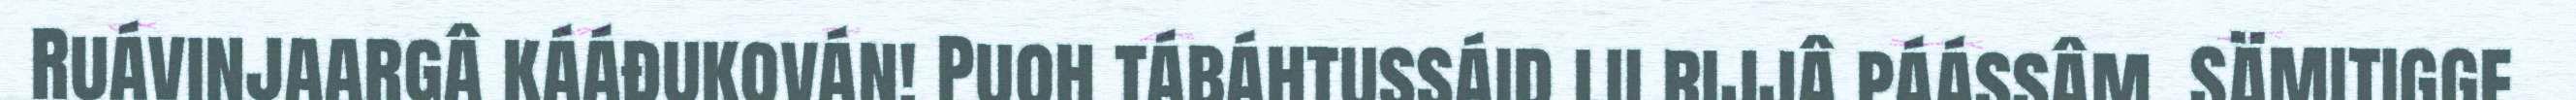
Ruávinjaargâ kááđukován! Puoh tábáhtussáid lii rijjâ páássâm. SÄMITIGGE